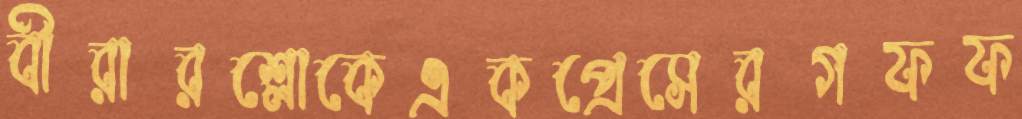
বীরারশ্লোকেএকপ্রেসেরগফফ